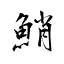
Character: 鮹